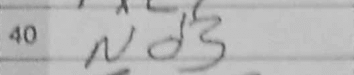
Transcription: Nd3